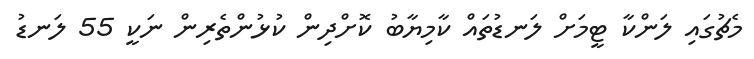
މެޗުގައި ލަންކާ ޓީމަށް ލަނޑުތައް ކާމިޔާބު ކޮށްދިން ކުޅުންތެރިން ނަކީ 55 ލަނޑު